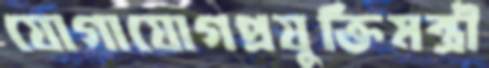
যোগাযোগপ্রযুক্তিমন্ত্রী